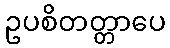
ဥပစိတတ္တာပေ